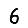
Digit: 6